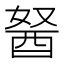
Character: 𰼆